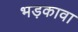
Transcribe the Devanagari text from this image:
भड़कावा